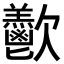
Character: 𪴴